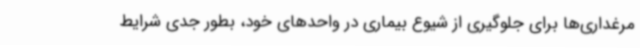
مرغداری‌ها برای جلوگیری از شیوع بیماری در واحدهای خود، بطور جدی شرایط